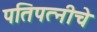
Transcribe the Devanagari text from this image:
पतिपत्नीचे